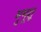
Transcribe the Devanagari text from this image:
मुमूक्षू